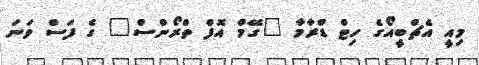
މިއީ އެޗްބީއޯގެ ހިޓް ޑްރާމާ "ގޭމް އޮފް ތްރޯންސް" ގެ ފަސް ވަނަ